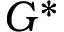
G ^ { * }